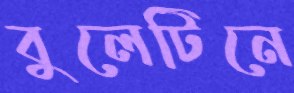
বুলেটিনে